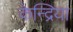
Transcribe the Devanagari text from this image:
केन्द्रिया